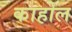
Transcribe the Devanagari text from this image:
काहोल